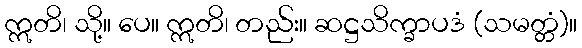
ဣတိ၊ သို့။ ပေ။ ဣတိ၊ တည်း။ ဆဋ္ဌသိက္ခာပဒံ (သမတ္တံ)။